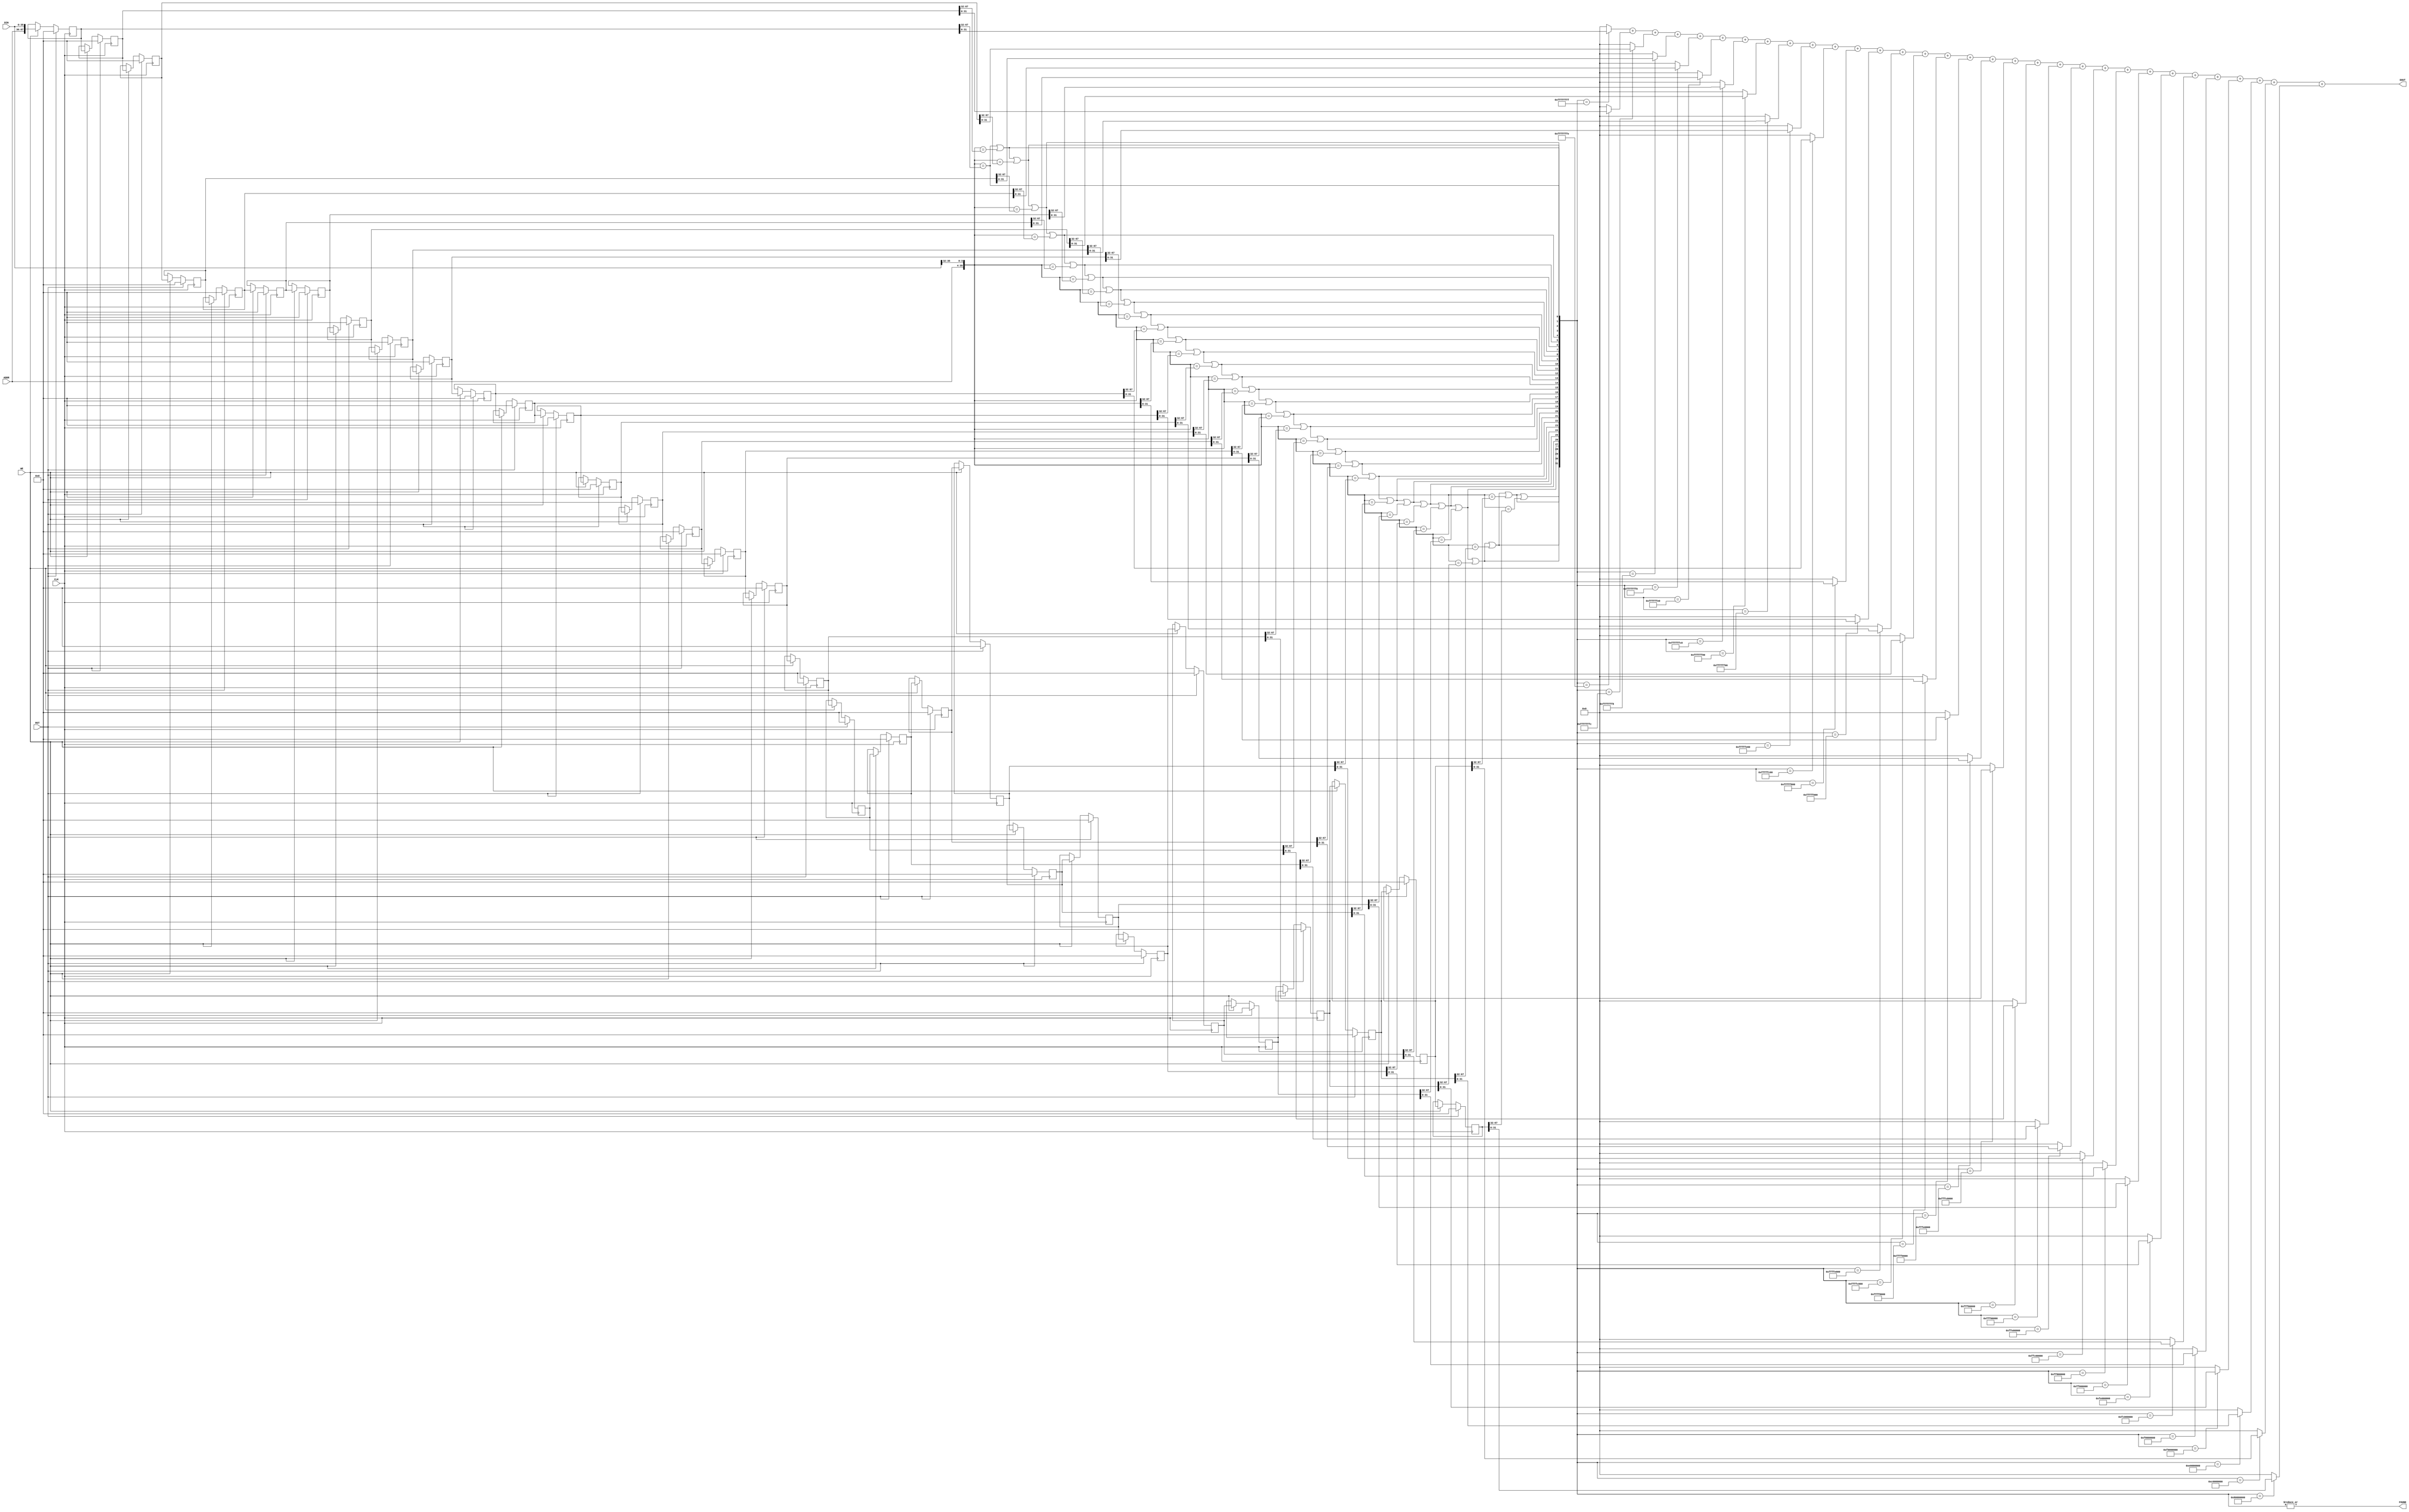
`timescale 1ns / 1ps

module CacheLookup(ADDR,DIN,WE,RST,CLK,DOUT,FOUND);
	// 32 bits of address
	// 3 bits of offset
	// when writing tests, check this case:
	// - read/write byte at address
	// - read/write half at address
	// - read/write word at address
	// NOTE: need to use DIN rather than ADDR since it
	// comes from the controller
	// ALSO ADD SIGN INFORMATION!!
	// Concatenate as follows: {addr}{sign,offs,data}
	input [31:0] ADDR;
	input [31+3+1:0] DIN;
	input WE, RST, CLK;
	output reg [31:0] DOUT;
	output reg FOUND;
	
	// Memory storing {addr,caddr}
	// quick and dirty solution to partial words - 
	// simply store the access length with the address.
	// that way if the same address is read as w,h or b
	// you get different entries in the lookup table.
	// This isn't optimal but assuming that h,b access is
	// relatively rare it makes the system already built work
	// with byte addressed memory spaces.
	// NOTE: can't use address input. Need 
	reg [31+32+3+1:0] lookup [31:0];
	reg [31:0] found_row [31:0];
	reg [31:0] above, m_one;
	integer i;
	integer j;
	
	// On write, shift in the write address and 
	// data concatenated as a single vector
	// Added reset to zero out shift register
	// contents.
	always @(posedge CLK)
	begin
		if (RST) begin
			for (i=0;i<32;i=i+1) begin
				lookup[i] <= 0;
			end
		end else if (WE) begin
			for (i=31;i>0;i=i-1) begin
				lookup[i] <= lookup[i-1];
			end
			lookup[0] <= {ADDR,DIN};
		end
	end

	// Output the first non-zero element,
	// set the FOUND flag for the mux.
	// Output zero otherwise
	always @(*)
	begin
		m_one = -1;
		// for each row, check if the address matches and if
		// the elements above it match
		for (i=0;i<32;i=i+1) begin
			if (i == 0) begin
				above[i] = ({ADDR,DIN[31+3+1:32]} == lookup[i][31+32+3+1:32]);
			end else begin
				above[i] = (above[i-1]) | ({ADDR,DIN[31+3+1:32]} == lookup[i][31+32+3+1:32]);
			end
		end
		// OR reduction checks if there are any 1's 
		FOUND = |above;
		// output the one that matches.
		// should fill out as 
		// 1111111
		// 1111110
		// 1111100
		// .......
		// USE THE FOUNDROW AS AN ACCUMULATOR DIRECTLY
		// HOW DID THIS NOT OCCUR TO ME??!?!?
		for (i=0;i<32;i=i+1) begin
			if (i == 0) begin
				found_row[i] = (above == m_one << i) ? lookup[i][31:0] : 0;
			end else begin
				found_row[i] = found_row[i-1] + ((above == m_one << i) ? lookup[i][31:0] : 0);
			end
		end
		DOUT = found_row[31];
	end
	
endmodule